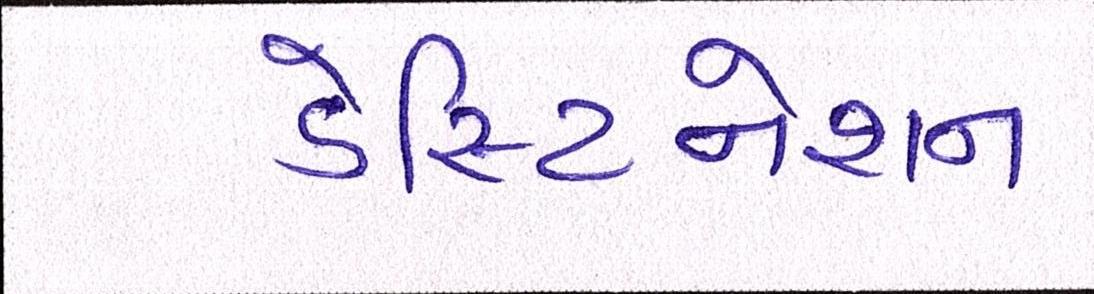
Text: ડેસ્ટિનેશન